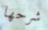
شرحها